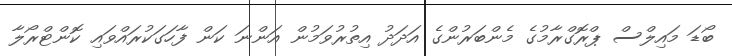
ބޯޑަ މައިލްސް ޕްރޮގްރާމުގެ މެންބަރުންގެ އަދަދު އިތުރުވަމުން އަންނަ ކަން ފާހަގަކުރައްވައި ކޮންޓްރޯލާ